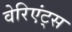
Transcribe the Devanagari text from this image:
वेरिएंट्स